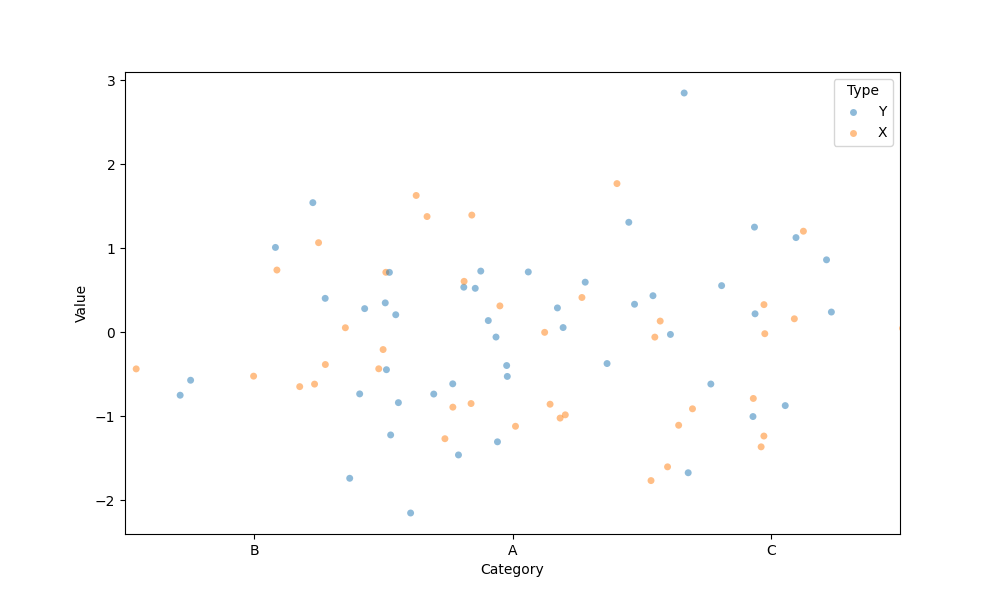
python, seaborn, stripplot, jitter=True, dodge=False, alpha=0.5, size=5